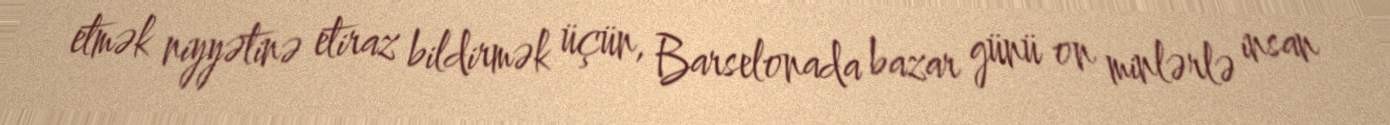
etmək niyyətinə etiraz bildirmək üçün, Barselonada bazar günü on minlərlə insan